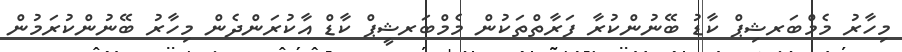
މިހާރު މެމްބަރޝިޕް ކާޑު ބޭނުންކުރާ ފަރާތްތަކުން މެމްބަރޝީޕް ކާޑް އާކުރަންދެން މިހާރު ބޭނުންކުރަމުން